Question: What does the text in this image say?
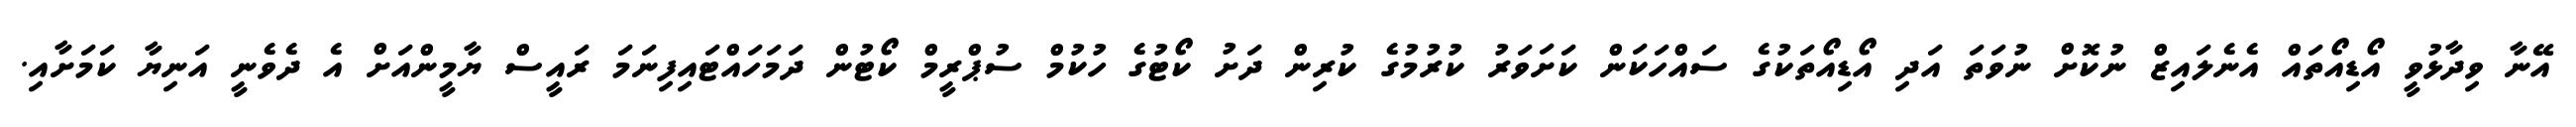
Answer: އޭނާ ވިދާޅުވީ އޯޑިއޯތައް އެނެލައިޒް ނުކޮށް ނުވަތަ އަދި އޯޑިއޯތަކުގެ ސައްހަކަން ކަށަވަރު ކުރުމުގެ ކުރިން ދަށު ކޯޓުގެ ހުކުމް ސުޕްރީމް ކޯޓުން ދަމަހައްޓައިފިނަމަ ރައީސް ޔާމީންއަށް އެ ދެވެނީ އަނިޔާ ކަމަށާއި.